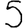
Digit: 5